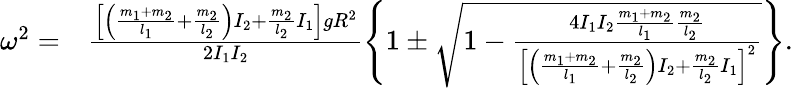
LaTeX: \begin{array}{rl}{\omega^{2}=}&{\frac{\left[\left(\frac{m_{1}+m_{2}}{l_{1}}+\frac{m_{2}}{l_{2}}\right)I_{2}+\frac{m_{2}}{l_{2}}I_{1}\right]gR^{2}}{2I_{1}I_{2}}\left\{ 1\pm\sqrt{1-\frac{4I_{1}I_{2}\frac{m_{1}+m_{2}}{l_{1}}\frac{m_{2}}{l_{2}}}{\left[\left(\frac{m_{1}+m_{2}}{l_{1}}+\frac{m_{2}}{l_{2}}\right)I_{2}+\frac{m_{2}}{l_{2}}I_{1}\right]^{2}}}\right\} .}\end{array}